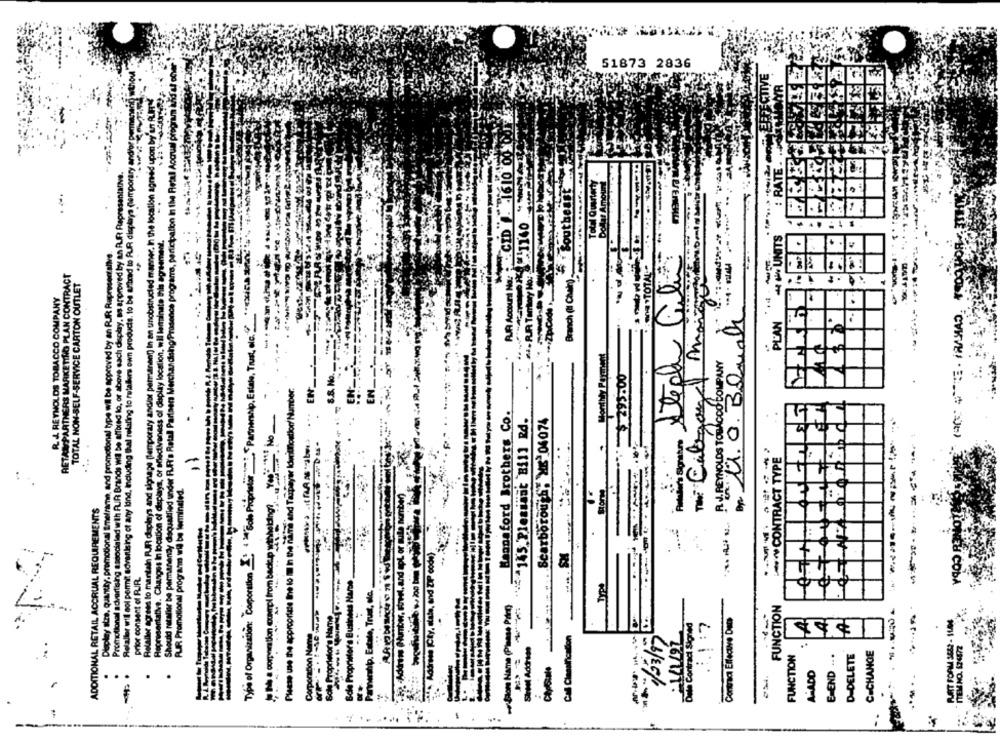
51873 2836
WYR
:RATE . NA
CID . 1610 00
Relaller will not permit advertising of any lund, including thal relating to retailers own products, to be afford to RUR displays (temporary
Relaller agrees to mantain RJAR daplays and signage (temporary andist permanent) In an unobstructed manner. In the location agn-ed up
Should rataller be permanently disquatlied under FJFI's Retall Partners Merchandising/Presence programs, participation In the Retal Aod
: RATE.
Promotional advertising associaled with PUR Brands will be affbred lo, or above each deplay, ss approved by an PUR Representative.
Dollar Amount
Total Quarterly
---------
---- 11140
44 UNITS
Representative. Changes In location of displays, or efectivaness of display location, wil lerinate this agreement.
Display stre. quantty, promotional timeframe, and promotional type wil be approved by an RJR. Representslive
.
RETANPARTNERS MARKETING PLAN CONTRACT
Steph Gli
Branch (Il Chair)
TOTAL NON-SELF-SERVICE CARTON OUTLET
R. J. REYNOLDS TOBACCO COMPANY
The Calgary Maize
ART
Tipo of Organization: Corporation 1: 1 24 Sole Proprietor: Partnership, Estate, Trust, elc."
.RUA
** Zpc
Br. M. O. BQual
PLAN
Monthly Perment
R.J. REYNOLDS TOBACCO COMPANY
8.8. No.
$293.00
... EIN
Please use the appropriate line to Im in the naire and Taxpayer Idertilostior/ Number:
EN
No
Hannaford Brothers Co.
** 145 Plesiast Bill Rd.
Scarborough; XE" 06074
alors Signature
CONTRACT TYPE
:
PUR Promotional program will be terminated.
mber)
oł disp
ADDITIONAL RETAIL ACCRUAL REQUIREMENTS
ip -Adının (Number, street, and apl or mula no
---
Mative. Changes In locatie
bb e cory tion compl from back.p withthe
Address (Cty, siate, and ZIP code)
prior consent of RIR.
Sole Proprietor's Business Names
amantip. Estate, Trust, etc.
Sole Proprietor's Name
-SIon Name (Please Print)
FUNCTION
Dete Contract Signed
Contract Effectve Dat
Corporation Name
Call Classification
1/23/97
141/27
PLAT FORM 3583
FUNCTION
..
CICHANGE
ITEM NO. 12487
E-END ...
D-DELETE
A-ADD